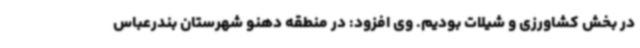
در بخش کشاورزی و شیلات بودیم. وی افزود: در منطقه دهنو شهرستان بندرعباس